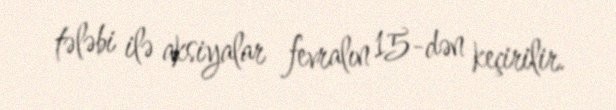
tələbi ilə aksiyalar fevralın 15-dən keçirilir.